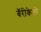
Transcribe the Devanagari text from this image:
बॅरीकेलो